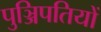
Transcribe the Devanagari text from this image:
पुञ्जिपतियों